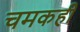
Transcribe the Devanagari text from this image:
चमकही